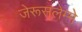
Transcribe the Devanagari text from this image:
जेरूसलेम्मे